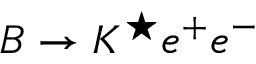
B \to K ^ { \star } e ^ { + } e ^ { - }